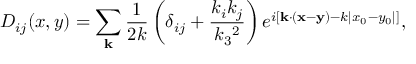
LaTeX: D _ { i j } ( x , y ) = \sum _ { \bf k } \frac { 1 } { 2 k } \left( \delta _ { i j } + \frac { k _ { i } k _ { j } } { k _ { 3 } { } ^ { 2 } } \right) e ^ { i \left[ { \bf k \cdot ( x - y ) } - k | x _ { 0 } - y _ { 0 } | \right] } ,